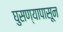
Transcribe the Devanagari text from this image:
घुसण्यापासून